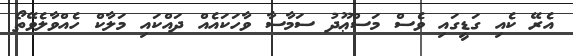
އެރޭ ކެއި ގަޑީގައި ވެސް މަސްޢޫދު ސަމާސާ ވާހަކައެއް ދައްކައި މަލާކް ހެއްވާލެވޭތޯ